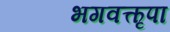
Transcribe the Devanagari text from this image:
भगवत्कृपा